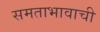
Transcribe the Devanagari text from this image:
समताभावाची